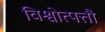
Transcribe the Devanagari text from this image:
विश्वोत्पत्तौ